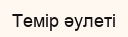
Темір әулеті